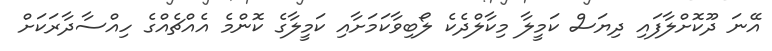
އޭނަ ދޫކޮށްލާފައި ދިޔަސް ކަމީލާ މިކާލްދެކެ ލޯބިވާކަމަށާއި ކަމީލާގެ ކޮންމެ އެއްޗެއްގެ ހިއްސާދާރަކަށް